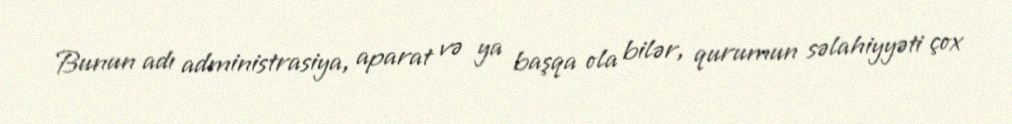
Bunun adı administrasiya, aparat və ya başqa ola bilər, qurumun səlahiyyəti çox